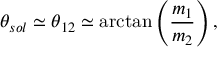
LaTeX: \theta _ { s o l } \simeq \theta _ { 1 2 } \simeq \arctan \left( { \frac { m _ { 1 } } { m _ { 2 } } } \right) ,